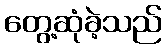
တွေ့ဆုံခဲ့သည်